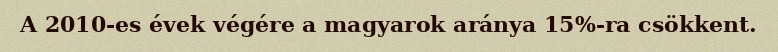
A 2010-es évek végére a magyarok aránya 15%-ra csökkent.